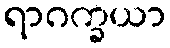
ရာဂက္ခယာ